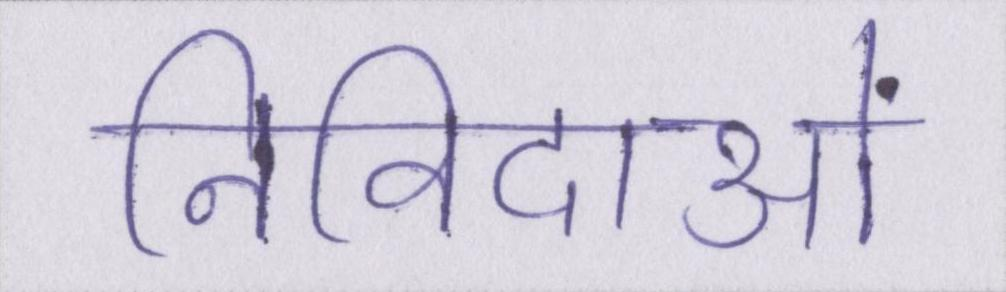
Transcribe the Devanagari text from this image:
निविदाओं